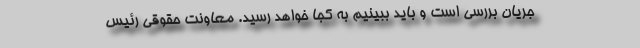
جریان بررسی است و باید ببینیم به کجا خواهد رسید. معاونت حقوقی رئیس